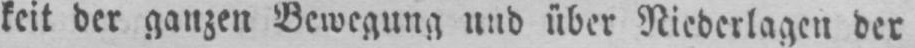
keit der ganzen Bewegung und über Niederlagen der